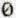
0